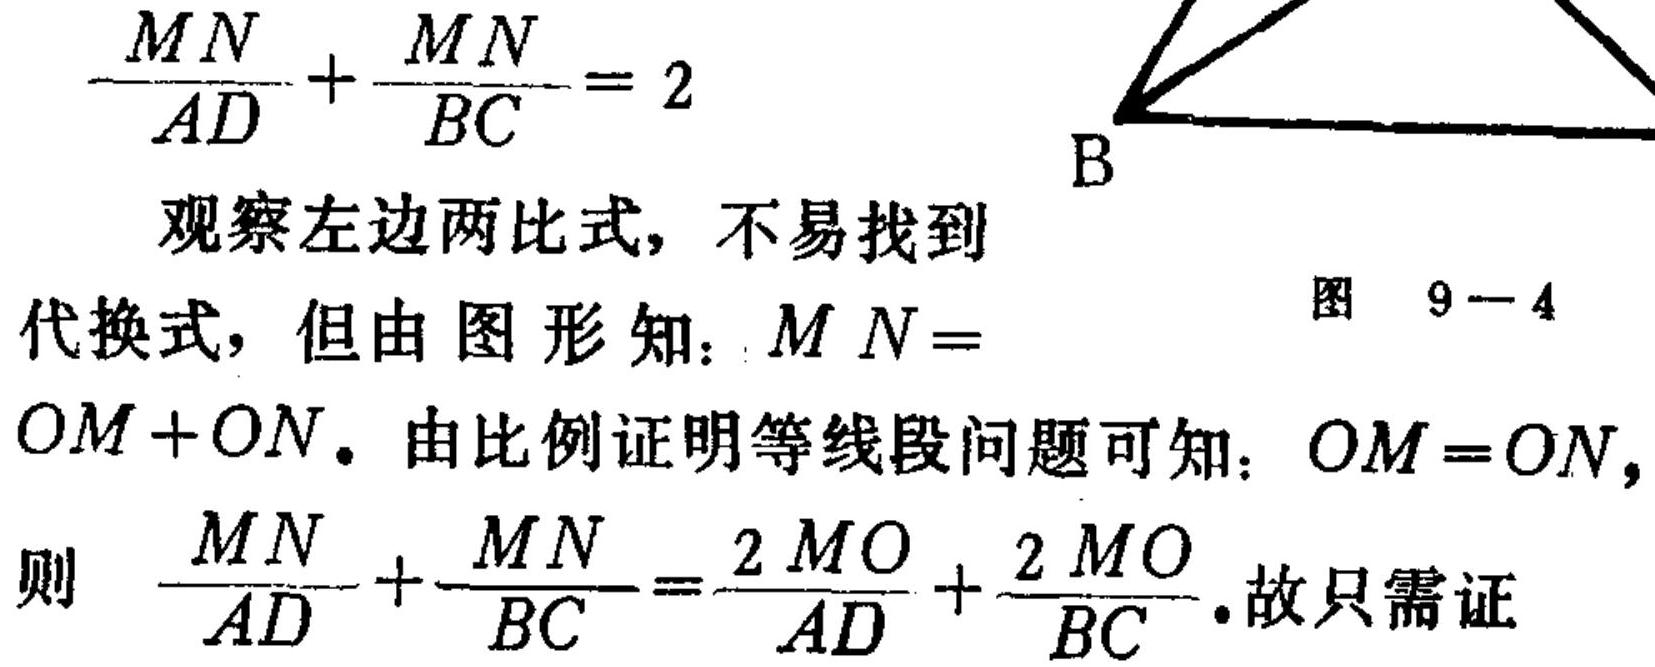
\(\frac{MN}{AD}+\frac{MN}{BC}=2\)
观察左边两比式，不易找到
代换式，但由图形知：\(MN = \)
\(OM + ON\). 由比例证明等线段问题可知：\(OM = ON\)，
则 \(\frac{MN}{AD}+\frac{MN}{BC}=\frac{2MO}{AD}+\frac{2MO}{BC}\).故只需证